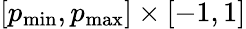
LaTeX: [p_{\operatorname*{min}},p_{\operatorname*{max}}]\times[-1,1]